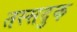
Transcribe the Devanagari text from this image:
तस्सदुक